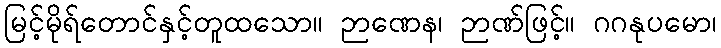
မြင့်မိုရ်တောင်နှင့်တူထသော။ ဉာဏေန၊ ဉာဏ်ဖြင့်။ ဂဂနုပမော၊